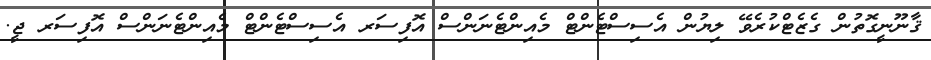
ޤާނޫނީގޮތުން ގެޒެޓްކުރެވޭ ލިޔުން އެސިސްޓެންޓް މެއިންޓެނަންސް އޮފިސަރ އެސިސްޓެންޓް މެއިންޓެނަންސް އޮފިސަރ ޖީ.